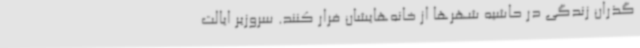
گذران زندگی در حاشیه شهرها از خانه‌هایشان فرار کنند. سروزیر ایالت